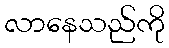
လာနေသည်ကို